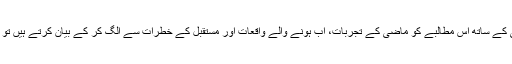
کرپشن کے خلاف بھونپو بننے والے نہایت چالاکی کے ساتھ اس مطالبے کو ماضی کے تجربات، اب ہونے والے واقعات اور مستقبل کے خطرات سے الگ کر کے بیان کرتے ہیں تو پروفیشنل ازم کے معیار پر واقعی افسوس ہوتا ہے۔